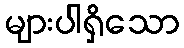
များပါရှိသော